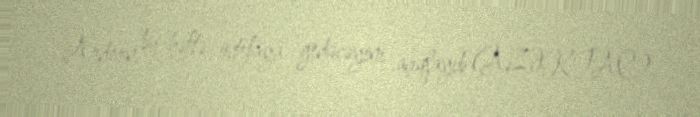
Ardern bu həftə istefaya gedəcəyini açıqlayıb (AZƏRTAC).